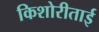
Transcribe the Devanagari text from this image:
किशोरीताई